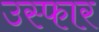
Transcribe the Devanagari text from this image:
उस्फार